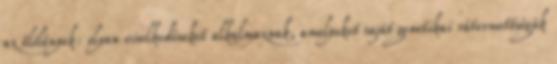
az élőlények: olyan viselkedéseket alkalmaznak, amelyeket saját genetikai rátermettségük